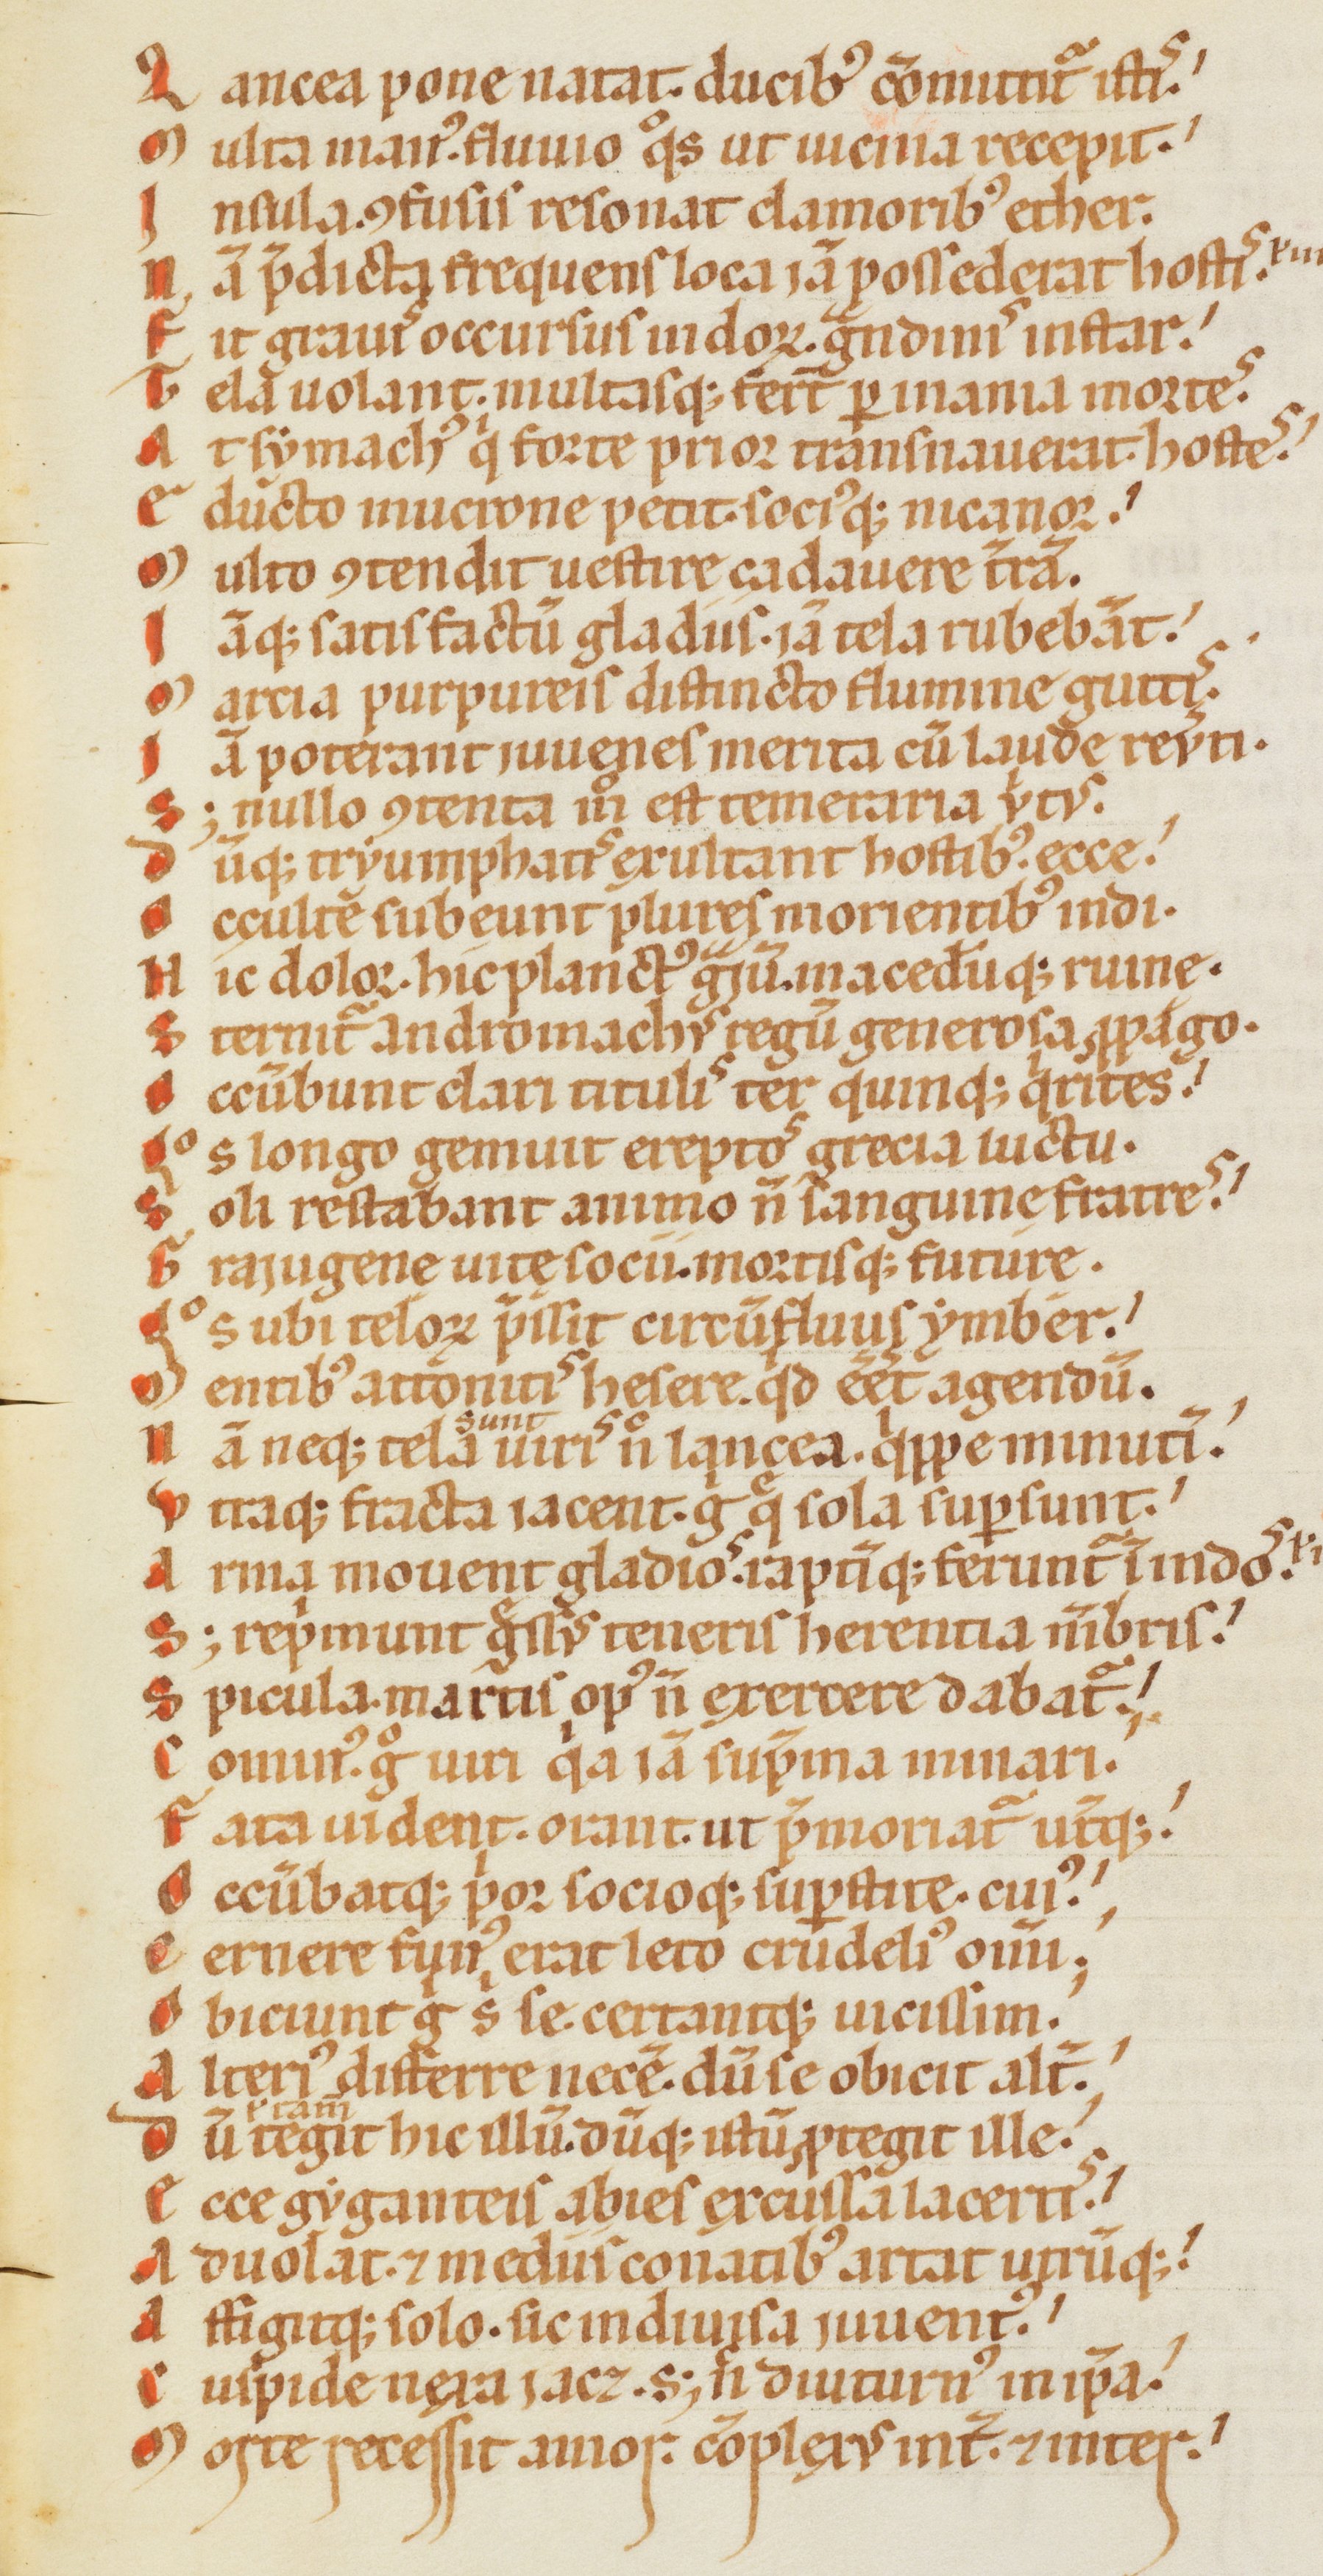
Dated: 1170–1180